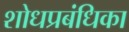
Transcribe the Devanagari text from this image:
शोधप्रबंधिका